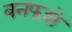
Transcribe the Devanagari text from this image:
बनफशे